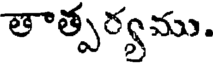
తాత్పర్యము.